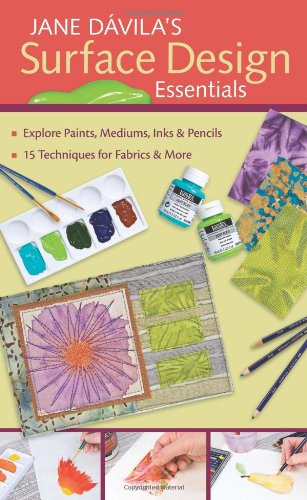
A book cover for Jane Davila's Surface Design Essentials: Explore Paints, Mediums, Inks and Pencils, 15 Techniques for Farbic and More; Jane Davila; Crafts, Hobbies & Home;